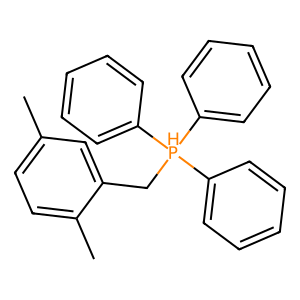
SMILES: Cc1ccc(C)c(C[PH](c2ccccc2)(c2ccccc2)c2ccccc2)c1
Inhibits HIV replication: No